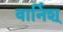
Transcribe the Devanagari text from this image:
वार्निश्